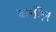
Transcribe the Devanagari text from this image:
का़दिर